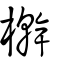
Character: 檊